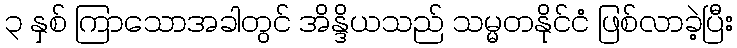
၃ နှစ် ကြာသောအခါတွင် အိန္ဒိယသည် သမ္မတနိုင်ငံ ဖြစ်လာခဲ့ပြီး